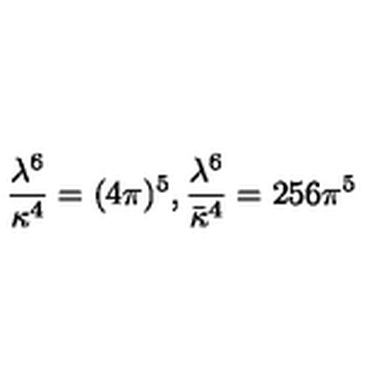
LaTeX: \frac { \lambda ^ { 6 } } { \kappa ^ { 4 } } = ( 4 \pi ) ^ { 5 } , \frac { \lambda ^ { 6 } } { \bar { \kappa } ^ { 4 } } = 2 5 6 \pi ^ { 5 }